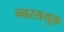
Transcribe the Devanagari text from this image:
नवरसयुक्त